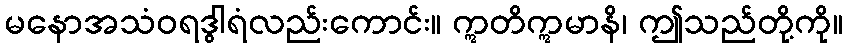
မနောအသံဝရဒွါရံလည်းကောင်း။ ဣတိဣမာနိ၊ ဤသည်တို့ကို။